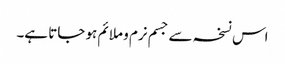
اس نسخہ سے جسم نرم و ملائم ہو جاتا ہے۔